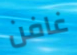
غافن